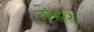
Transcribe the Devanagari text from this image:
तुम्हारे।